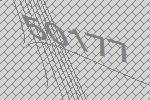
50177